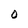
Character: O